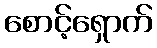
စောင့်ရှောက်